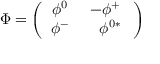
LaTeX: \Phi = \left( \begin{array} { c c } { { \phi ^ { 0 } \ } } & { { - \phi ^ { + } \ } } \\ { { \phi ^ { - } \ } } & { { \ \phi ^ { 0 * } } } \end{array} \right)